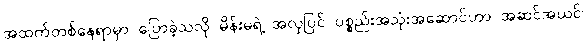
အထက်တစ်နေရာမှာ ပြောခဲ့သလို မိန်းမရဲ့ အလှပြင် ပစ္စည်းအသုံးအဆောင်ဟာ အဆင်အယင်၊